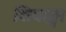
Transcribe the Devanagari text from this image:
शिवाङ्गा